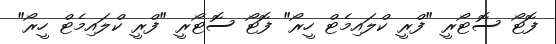
ފޮޓޯ ސޮޓޯރީ "ފްރީ ކްލައިމެޓް ހީރޯ" ފޮޓޯ ސޮޓޯރީ "ފްރީ ކްލައިމެޓް ހީރޯ"